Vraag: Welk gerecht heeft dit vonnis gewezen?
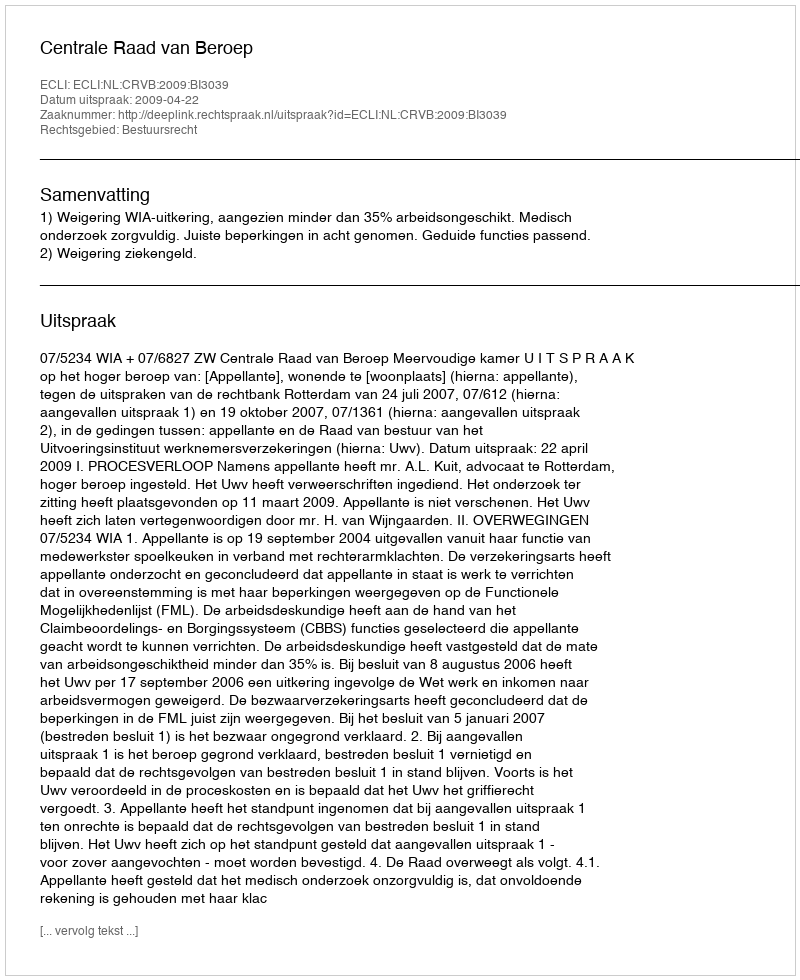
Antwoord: Centrale Raad van Beroep